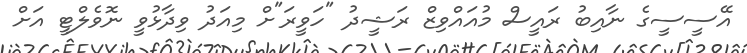
އޭސީސީގެ ނާއިބު ރައީސް މުއައްވިޒް ރަޝީދު "ހަވީރަ"ށް މިއަދު ވިދާޅުވީ ނޮވެލްޓީ އަށް